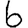
Digit: 6